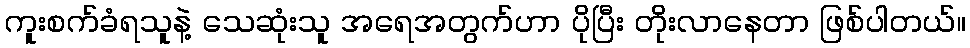
ကူးစက်ခံရသူနဲ့ သေဆုံးသူ အရေအတွက်ဟာ ပိုပြီး တိုးလာနေတာ ဖြစ်ပါတယ်။